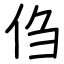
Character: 㑇